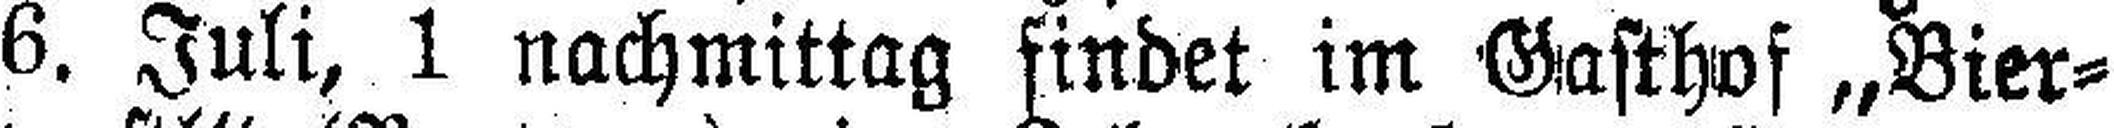
6. Juli, 1 nachmittag findet im Gasthof „Bier¬